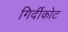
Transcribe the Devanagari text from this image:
गिर्दीकोट